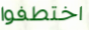
اختطفوا